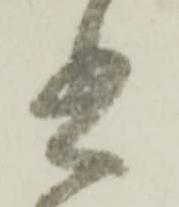
書